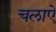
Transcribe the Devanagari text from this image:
चलाऐ